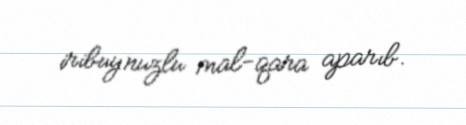
iribuynuzlu mal-qara aparıb.